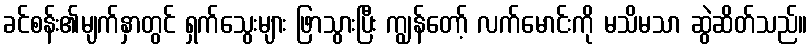
ခင်စန်း၏မျက်နှာတွင် ရှက်သွေးများ ဖြာသွားပြီး ကျွန်တော့် လက်မောင်းကို မသိမသာ ဆွဲဆိတ်သည်။